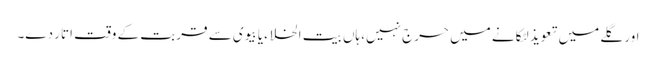
اور گلے میں تعویذ لٹکانے میں حرج نہیں، ہاں بیت الخلاء یا بیوی سے قربت کے وقت اتار دے۔